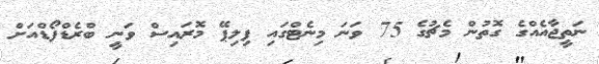
ނަތީޖާއެއްގެ ގޮތުން މެޗުގެ 75 ވަނަ މިނެޓްގައި ފިލިޕޭ މޮރައިސް ވަނީ ބްރެޑްފޯޑްއަށް